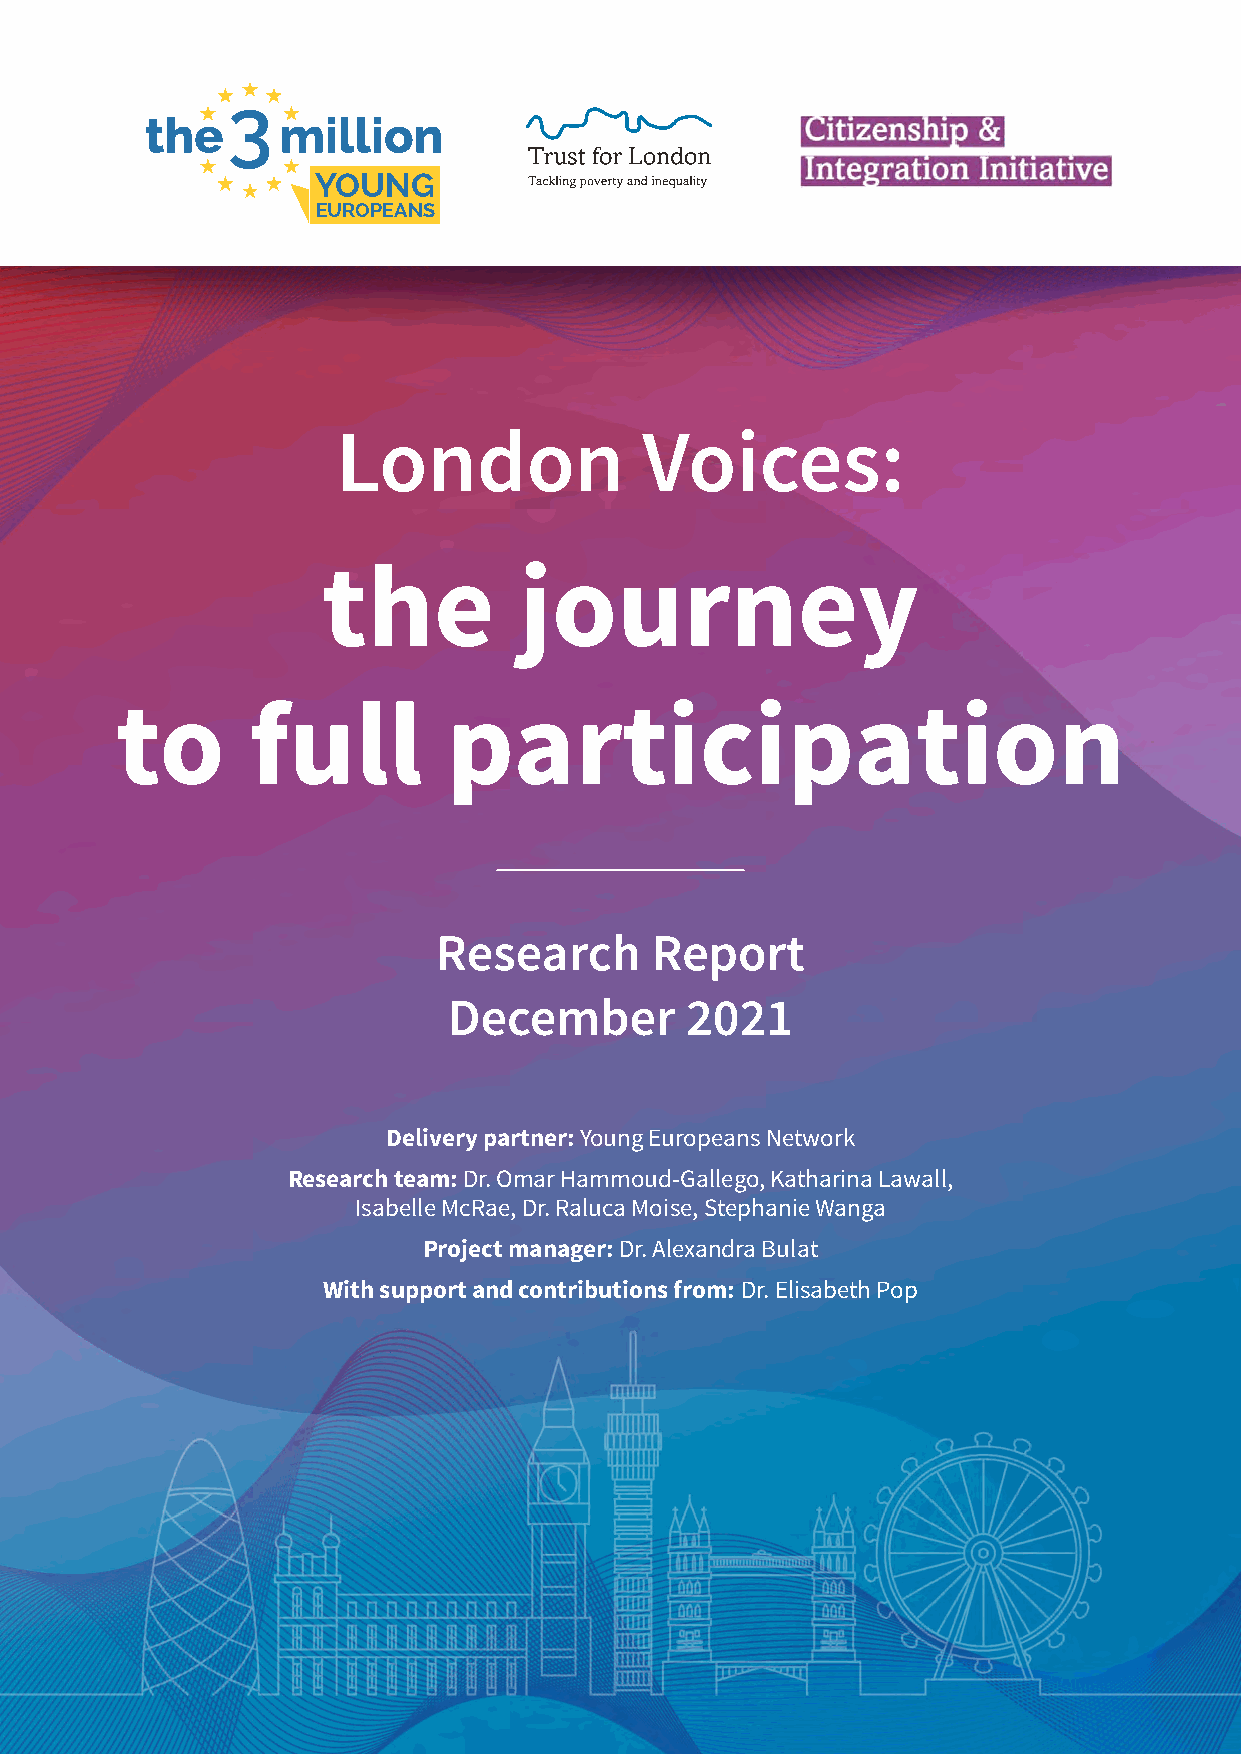
YOUNG
 EUROPEANS
 London              Voices:
 the          journey
 to      full          participation
 Research      Report
 December       2021
 Delivery partner: Young Europeans Network
 Research team: Dr. Omar Hammoud-Gallego, Katharina Lawall,
 Isabelle McRae, Dr. Raluca Moise, Stephanie Wanga
 Project manager: Dr. Alexandra Bulat
 With support and contributions from: Dr. Elisabeth Pop